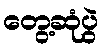
တွေ့ဆုံပွဲ